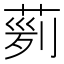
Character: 𦴟